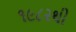
૧૯૮૨થી